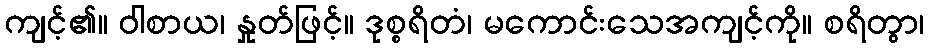
ကျင့်၏။ ဝါစာယ၊ နှုတ်ဖြင့်။ ဒုစ္စရိတံ၊ မကောင်းသေအကျင့်ကို။ စရိတွာ၊